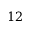
1 2